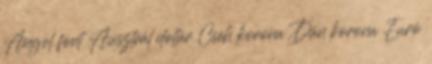
Angol font Ausztrál dollár Cseh korona Dán korona Euró